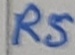
Text: RS